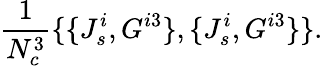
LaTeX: \frac{1}{N_{c}^{3}}\{ \{ J_{s}^{i},G^{i3}\} ,\{ J_{s}^{i},G^{i3}\} \} .